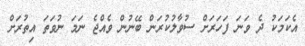
އެކަމަކު ދެ ވަނަ ފަހަރަށް ސުވާލުކުރަން ބޭނުން ވެއްޖެ ނަމަ ނުވަތަ އިތުރަށް